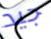
جيد